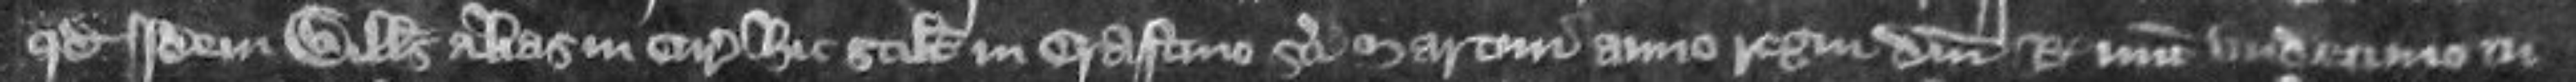
quod idem Willelmus alias in curia hic scilicet in crastino Sancti Martini anno regni domini regis nunc undecimo tu